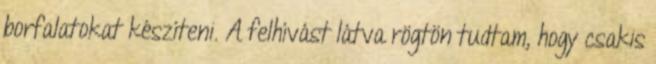
borfalatokat készíteni. A felhívást látva rögtön tudtam, hogy csakis